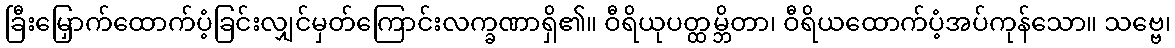
ခြီးမြှောက်ထောက်ပံ့ခြင်းလျှင်မှတ်ကြောင်းလက္ခဏာရှိ၏။ ဝီရိယုပတ္ထမ္ဘိတာ၊ ဝီရိယထောက်ပံ့အပ်ကုန်သော။ သဗ္ဗေ၊